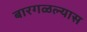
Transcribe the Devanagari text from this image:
बारगळल्यास